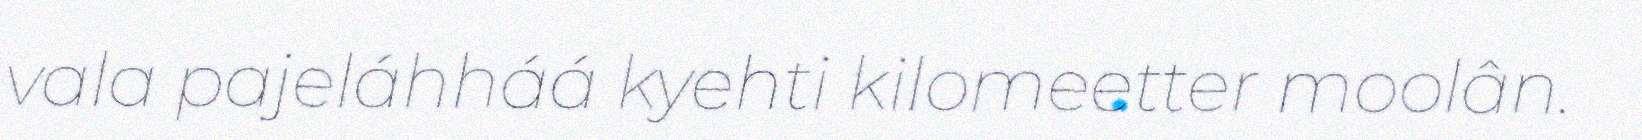
vala pajeláhháá kyehti kilomeetter moolân.